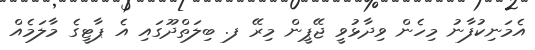
އެމަނިކުފާނު މިހެން ވިދާޅުވީ ޖޭޕީން މިރޭ ފ. ބިލަތްދޫގައި އެ ޕާޓީގެ މާލަމެއް